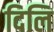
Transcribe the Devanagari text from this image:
दिलि